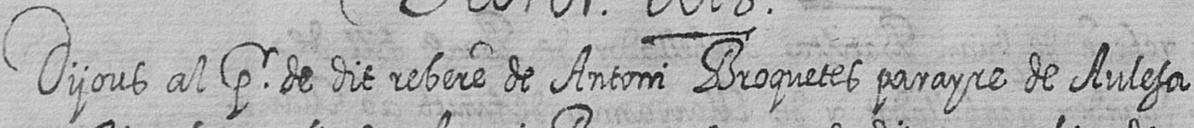
Dijous al pr de dit rebere de Antoni Broquetes parayre de Aulesa